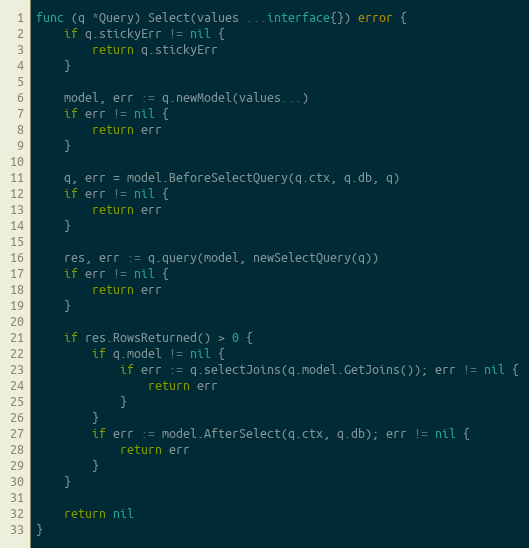
Language: Go
func (q *Query) Select(values ...interface{}) error {
	if q.stickyErr != nil {
		return q.stickyErr
	}

	model, err := q.newModel(values...)
	if err != nil {
		return err
	}

	q, err = model.BeforeSelectQuery(q.ctx, q.db, q)
	if err != nil {
		return err
	}

	res, err := q.query(model, newSelectQuery(q))
	if err != nil {
		return err
	}

	if res.RowsReturned() > 0 {
		if q.model != nil {
			if err := q.selectJoins(q.model.GetJoins()); err != nil {
				return err
			}
		}
		if err := model.AfterSelect(q.ctx, q.db); err != nil {
			return err
		}
	}

	return nil
}